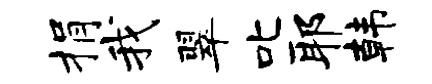
捐我翠叱耶韩